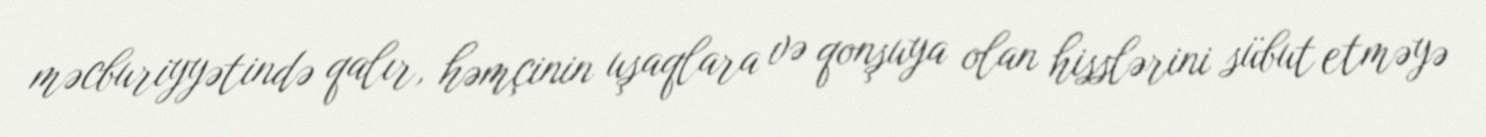
məcburiyyətində qalır, həmçinin uşaqlara və qonşuya olan hisslərini sübut etməyə